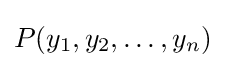
P(y_{1},y_{2},\ldots ,y_{n})